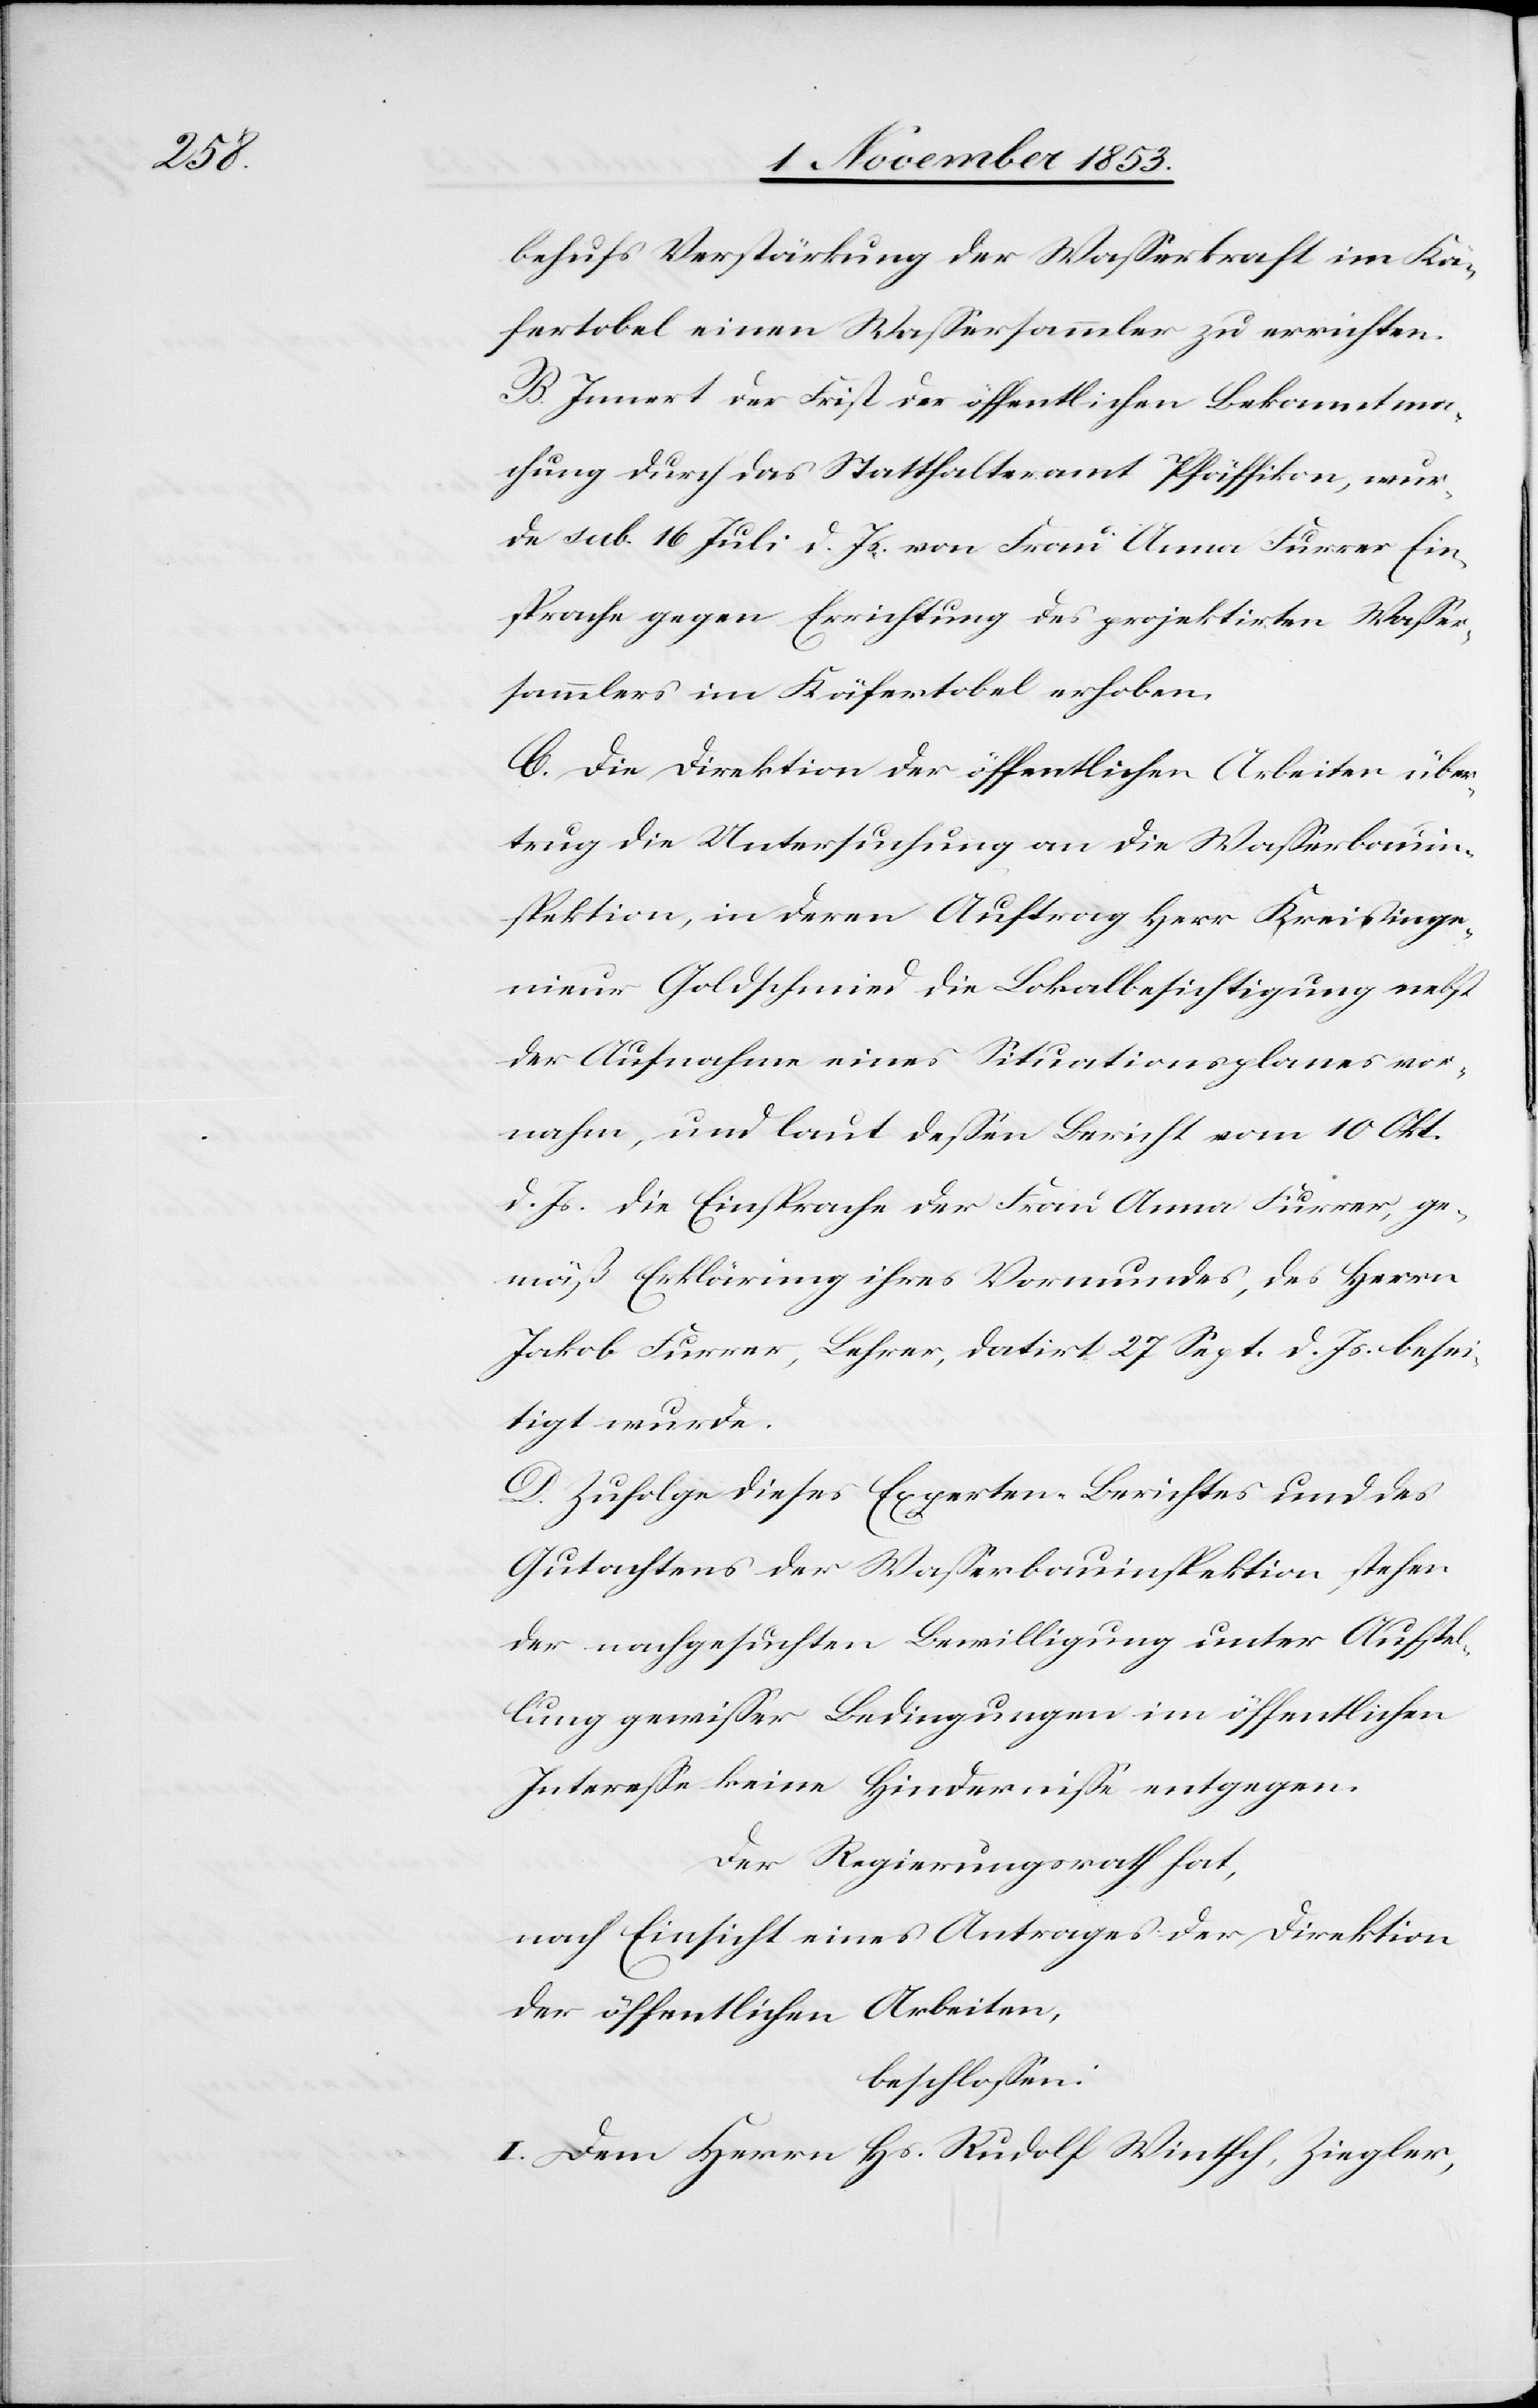
behufs Verstärkung der Waßerkraft im Kä¬
sertobel einen Waßersammler zu errichten.
B. Innert der Frist der öffentlichen Bekanntma¬
chung durch das Statthalteramt Pfäffikon, wur¬
den sub. 16 Juli d. Js. von Frau Anna Furrer Ein¬
sprache gegen Errichtung des projektirten Waßer¬
sammlers im Käsertobel erhoben.
C. Die Direktion der öffentlichen Arbeiten über¬
trug die Untersuchung an die Waßerbauin¬
spektion, in deren Auftrag Herr Kreisinge¬
nieur Goldschmid die Lokalbesichtigung nebst
der Aufnahme eines Situationsplanes vor¬
nahm, und laut deßen Bericht vom 10 Okt.
d. Js. die Einsprache der Frau Anna Furrer, ge¬
mäß Erklärung ihres Vormundes, des Herrn
Jakob Furrer, Lehrer, datirt 27 Sept. d. Js. besei¬
tigt wurde.
D. Zufolge dieses Experten Berichtes und des
Gutachtens der Waßerbauinspektion stehen
der nachgesuchten Bewilligung unter Aufstel¬
lung gewißer Bedingungen im öffentlichen
Intereße keine Hinderniße entgegen.
Der Regierungsrath hat,
nach Einsicht eines Antrages der Direktion
der öffentlichen Arbeiten,
beschloßen:
I. Dem Herrn Hs. Rudolf Wintsch, Ziegler,